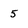
Character: 5